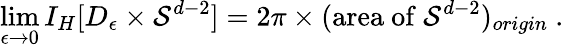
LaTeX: \operatorname*{lim}_{\epsilon\rightarrow 0}I_{H}[D_{\epsilon}\times{\cal S}^{d-2}]=2\pi\times(\mathrm{area~of~}{\cal S}^{d-2})_{origin}\ .